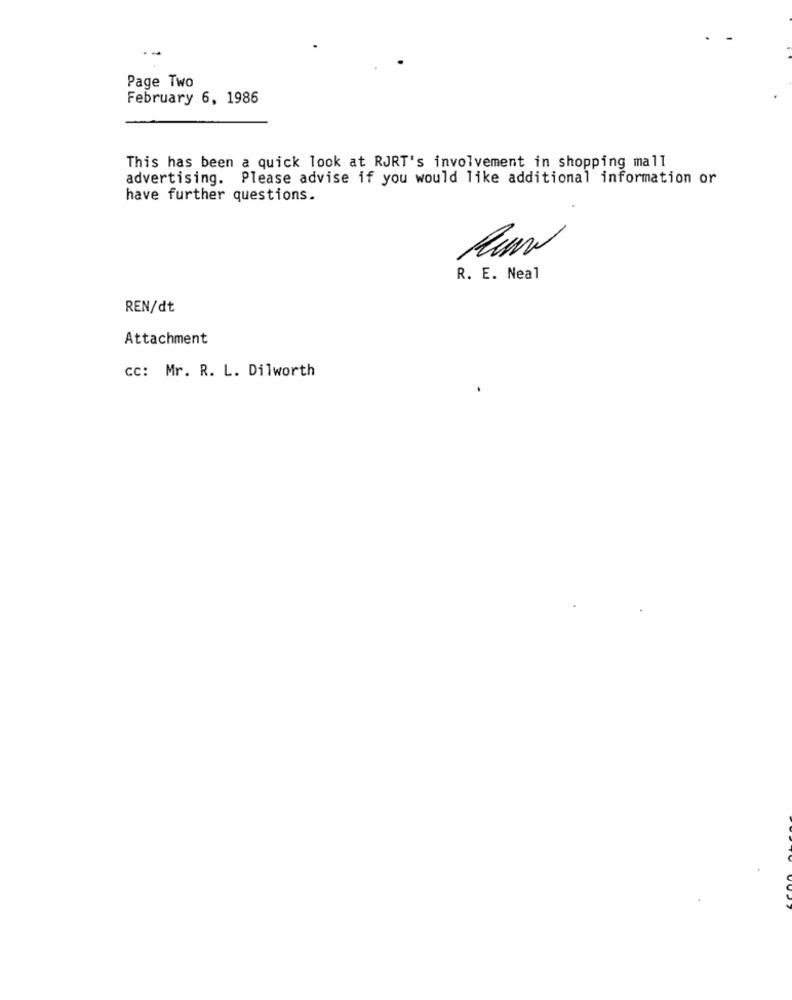
Page Two
February 6, 1986
This has been a quick look at RJRT's involvement in shopping mall
advertising. Please advise if you would like additional information or
have further questions.
R. E. Neal
REN/dt
Attachment
CC: Mr. R. L. Dilworth